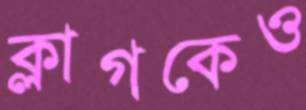
ক্লাগকেও